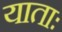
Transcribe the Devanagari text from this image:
याताः